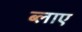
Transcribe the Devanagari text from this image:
ब्लाए